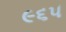
૯૬૫